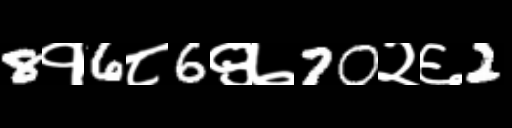
Text: 8१6८6९७70२६2